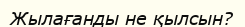
Жылағанды не қылсын?